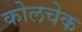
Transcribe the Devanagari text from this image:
कोलचेक